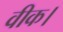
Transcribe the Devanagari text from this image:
वीक।